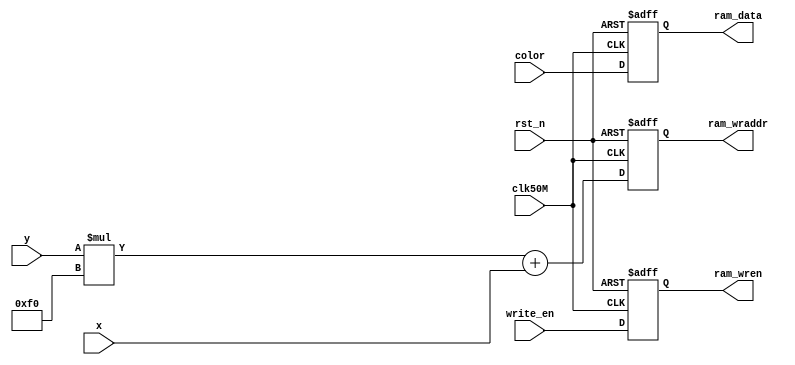
module ram_wr(         //decode x,y to address
       input         clk50M,
		 input         rst_n,
		 input [7:0]   x,
		 input [8:0]   y,
		 input         write_en,
		 input [2:0]   color,
		 output        ram_wren,
		 output [16:0] ram_wraddr,
		 output [2:0]  ram_data
);
reg ram_wren_r;
reg [2:0] ram_data_r;
reg [16:0] ram_wraddr_r;
assign ram_wren   = ram_wren_r;
assign ram_data   = ram_data_r;
assign ram_wraddr = ram_wraddr_r;
always@(posedge clk50M or negedge rst_n)
begin
if(rst_n == 1'b0)
    begin
	 ram_wren_r   <= 1'b0;
	 ram_data_r   <= 3'b000;
	 ram_wraddr_r <= 17'd0;
	 end
else
    begin
	 ram_wraddr_r <= y*240+x;
	 ram_wren_r   <= write_en;
	 ram_data_r   <= color;
	 end
end
endmodule